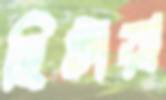
ছিটায়া